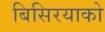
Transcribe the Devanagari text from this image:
बिसिरयाको